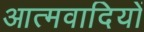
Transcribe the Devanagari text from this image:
आत्मवादियों